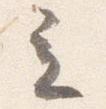
立